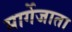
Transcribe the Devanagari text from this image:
मार्गेजाता